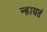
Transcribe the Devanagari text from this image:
न्हायतं